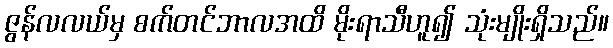
ဇွန်လလယ်မှ စက်တင်ဘာလအထိ မိုးရာသီဟူ၍ သုံးမျိုးရှိသည်။